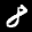
Label: 8